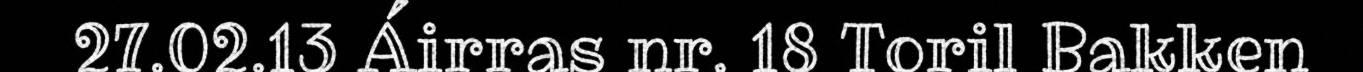
27.02.13 Áirras nr. 18 Toril Bakken